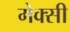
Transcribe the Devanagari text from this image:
मेक्सी